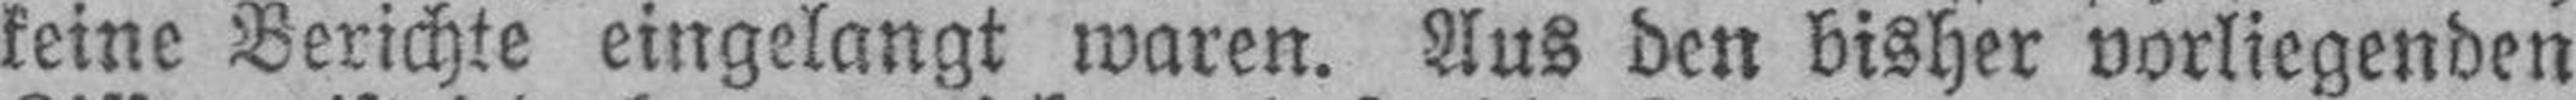
keine Berichte eingelangt waren. Aus den bisher vorliegenden